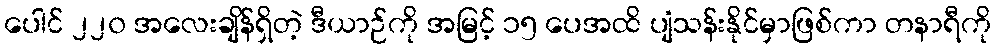
ပေါင် ၂၂၀ အလေးချိန်ရှိတဲ့ ဒီယာဉ်ကို အမြင့် ၁၅ ပေအထိ ပျံသန်းနိုင်မှာဖြစ်ကာ တနာရီကို